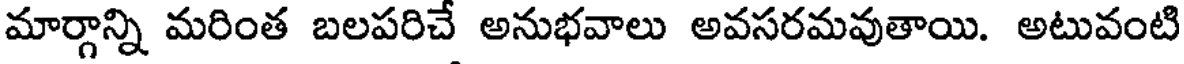
మార్గాన్ని మరింత బలపరిచే అనుభవాలు అవసరమవుతాయి. అటువంటి